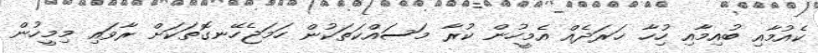
ކެއުމާއި ބުއިމާއި ހުިހާ ޚަރަދެއް އެމީހުން ކުރާ މަސައްކަތަކުން ހަމަޖެހޭނގޮތަކަށް ރާވައި މިމީހުން